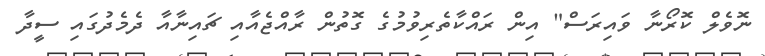
ނޮވެލް ކޮރޯނާ ވައިރަސް" އިން ރައްކާތެރިވުމުގެ ގޮތުން ރާއްޖެއާއި ޗައިނާއާ ދެމެދުގައި ސީދާ